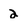
Character: 2